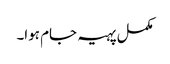
مکمل پہیہ جام ہوا۔